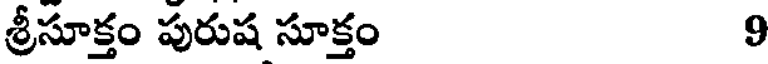
శ్రీసూక్తం పురుష సూక్తం 9